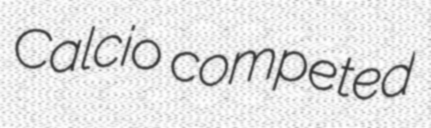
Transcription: Calcio competed